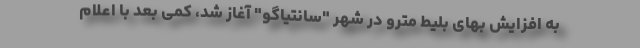
به افزایش بهای بلیط مترو در شهر "سانتیاگو" آغاز شد، کمی بعد با اعلام